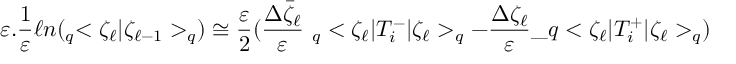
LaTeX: \varepsilon . \frac { 1 } { \varepsilon } \ell n ( _ { q } < \zeta _ { \ell } | \zeta _ { \ell - 1 } > _ { q } ) \cong \frac { \varepsilon } { 2 } ( \frac { \Delta \bar { \zeta } _ { \ell } } { \varepsilon } \ _ { q } < \zeta _ { \ell } | T _ { i } ^ { - } | \zeta _ { \ell } > _ { q } - \frac { \Delta \zeta _ { \ell } } { \varepsilon } \_ q < \zeta _ { \ell } | T _ { i } ^ { + } | \zeta _ { \ell } > _ { q } ) \,